Annual report of the Central Committee of the Association together with the report of the directors of the Pasteur Institute at Kasauli
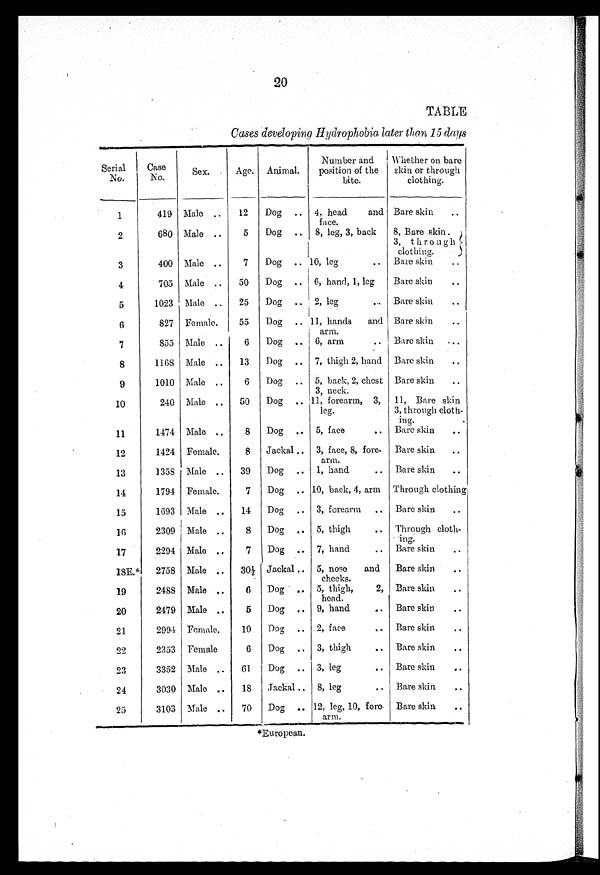
20
TABLE
Cases developing Hydrophobia later than 15 days
Serial
No.
Case No. Sex.
Age. Animal.
Number and
position of the
bite.
Whether on bare
skin or through
clothing.
1
419 Male
12 Dog
4, head and
face.
Bare skin
2
680 Male
5 Dog
8, leg, 3, back 8, Bare skin.
3, through
clothing.
3
400 Male
7 Dog
10, leg
Bare skin
4
705 Male
50 Dog
6, hand, 1, leg
Bare skin
5
1023 Male
25 Dog
2, leg
Bare skin
6
827 Female
55 Dog
11, hands and
arm.
Bare skin
7
855 Male
6 Dog
6, arm
Bare skin
8
1168 Male
13 Dog
7, thigh 2, hand Bare skin
9
1010 Male
6 Dog
5, back, 2, chest
3, neck.
Bare skin
10
240 Male
50 Dog
11, forearm, 3,
leg.
11, Bare skin
3, through cloth-
ing.
11
1474 Male
8 Dog
5, face
Bare skin
12
1424 Female
8 Jackal
3, face, 8, fore-
arm.
Bare skin
13
1358 Male
39 Dog
1, hand
Bare skin
14
1794 Female
7 Dog
10, back, 4, arm Through clothing
15
1693 Male
14 Dog
3, forearm
Bare skin
16
2309 Male
8 Dog
5, thigh
Through cloth-
ing.
17
2294 Male
7 Dog
7, hand
Bare skin
18E.* 2758 Male
30½ Jackal
5, nose and
cheeks.
Bare skin
19
2488 Male
6 Dog
5, thigh, 2,
head.
Bare skin
20
2479 Male
5 Dog
9, hand
Bare skin
21
2994 Female
10 Dog
2, face
Bare skin
22
2353 Female
6 Dog
3, thigh
Bare skin
23
3352 Male
61
Dog
3, leg
Bare skin
24
3030 Male
18 Jackal
8, leg
Bare skin
25
3103 Male
70 Dog
12, leg, 10, fore fore-
arm.
Bare skin
*European.